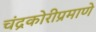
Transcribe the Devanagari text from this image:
चंद्रकोरीप्रमाणे